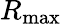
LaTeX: R_{\mathrm{max}}